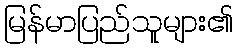
မြန်မာပြည်သူများ၏